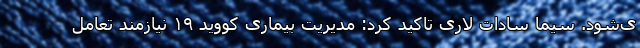
ی‌شود. سیما سادات لاری تاکید کرد: مدیریت بیماری کووید ۱۹ نیازمند تعامل